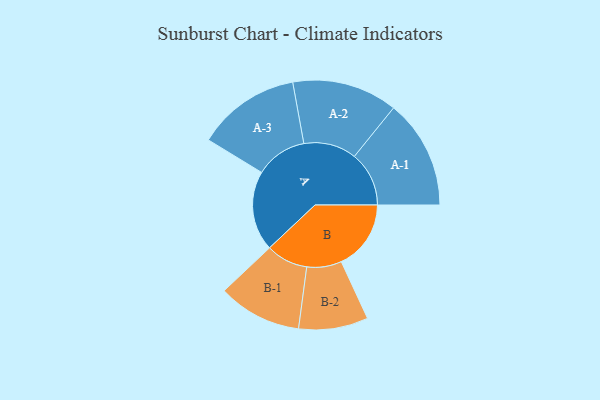
{"axis": {"x": "Segment", "y": "Value"}, "legend": ["", "A", "B"], "data": [{"x": "A", "y": 382, "type": ""}, {"x": "B", "y": 333, "type": ""}, {"x": "A-1", "y": 261, "type": "A"}, {"x": "A-2", "y": 252, "type": "A"}, {"x": "A-3", "y": 247, "type": "A"}, {"x": "B-1", "y": 200, "type": "B"}, {"x": "B-2", "y": 166, "type": "B"}]}